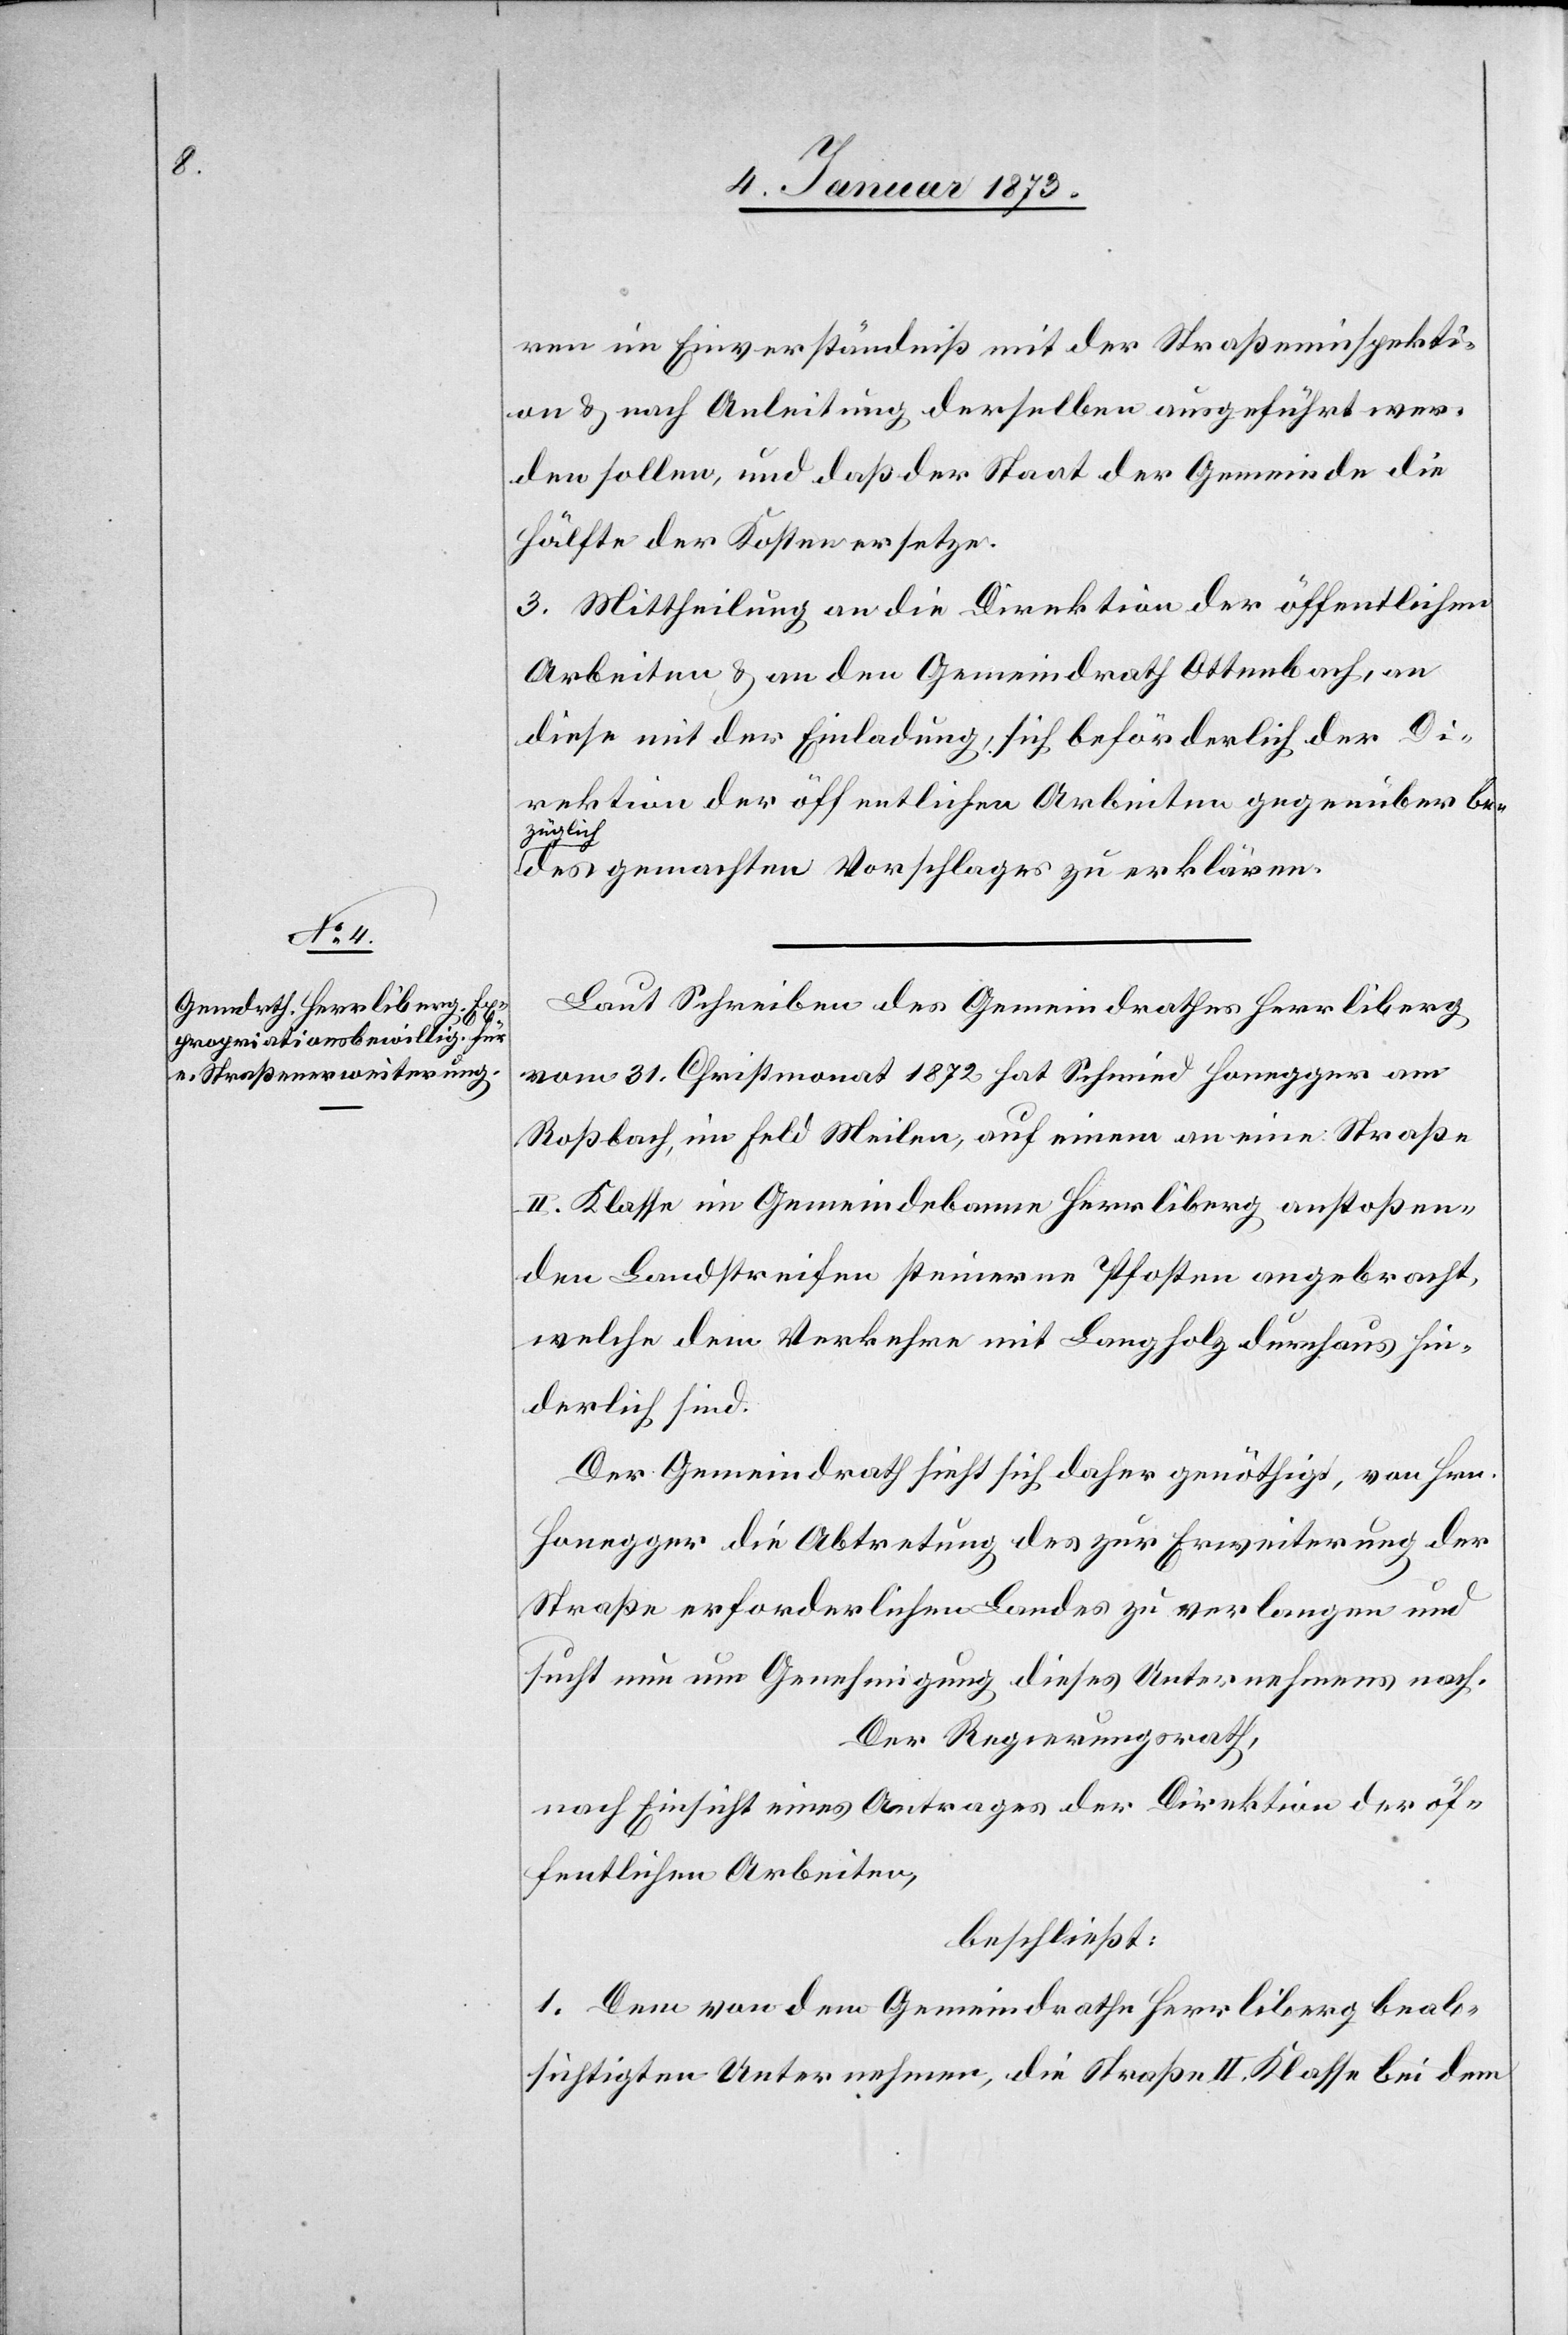
Laut Schreiben des Gemeindrathes Herrliberg
vom 31. Christmonat 1872 hat Schmied Honegger am
Roßbach, im Feld Meilen, auf einem an eine Straße
II. Klasse im Gemeindebanne Herrliberg anstoßen¬
den Landstreifen steinerne Pfosten angebracht,
welche dem Verkehre mit Langholz durchaus hin¬
derlich sind.
Der Gemeindrath sieht sich daher genöthigt, von Hrn.
Honegger die Abtretung des zur Erweiterung der
Straße erforderlichen Landes zu verlangen und
sucht nun um Genehmigung dieses Unternehmens nach.
Der Regierungsrath,
nach Einsicht eines Antrages der Direktion der öf¬
fentlichen Arbeiten,
beschließt:
1. Dem von dem Gemeindrathe Herrliberg beab¬
sichtigten Unternehmen, die Straße II. Klasse bei dem